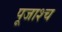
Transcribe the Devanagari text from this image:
पूजाश्‍च